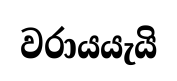
වරායයැයි